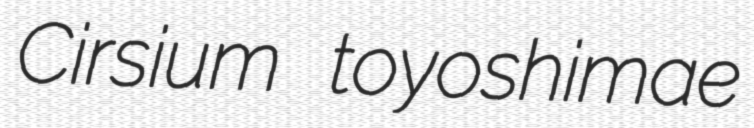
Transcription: Cirsium toyoshimae